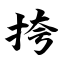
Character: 挎